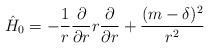
LaTeX: \begin{align*}\hat{H}_0= -{1 \over r} {\partial \over {\partial r}} r{\partial \over {\partial r}} +{(m-\delta)^2\over r^2} \end{align*}